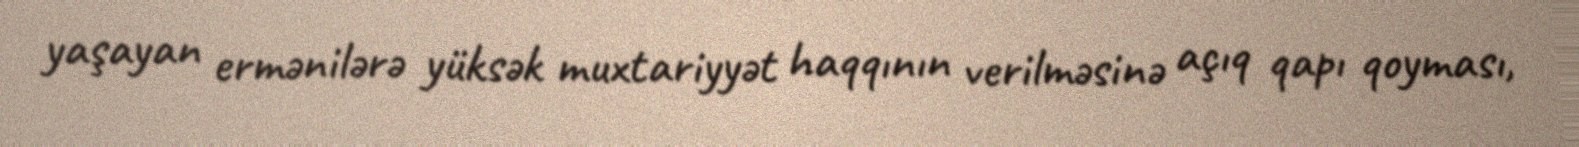
yaşayan ermənilərə yüksək muxtariyyət haqqının verilməsinə açıq qapı qoyması,